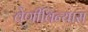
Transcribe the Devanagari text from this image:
वेणीविन्यास